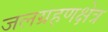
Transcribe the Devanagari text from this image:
जलग्रहणक्षेत्र